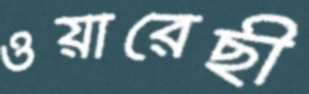
ওয়ারেছী